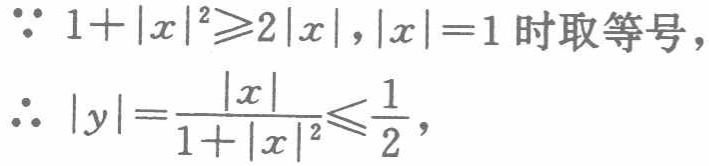
\(\because 1+|x|^{2}\geqslant2|x|,|x| = 1\text{ 时取等号},\\
\therefore |y|=\frac{|x|}{1 + |x|^{2}}\leqslant\frac{1}{2},\)